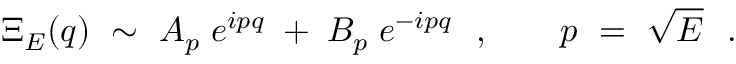
\Xi _ { E } ( q ) \ \sim \ A _ { p } \; e ^ { i p q } \; + \; B _ { p } \; e ^ { - i p q } \ \ , \qquad p \ = \ \sqrt { E } \ \ .